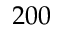
2 0 0